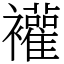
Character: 䙮